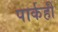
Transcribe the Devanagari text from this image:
पार्कही